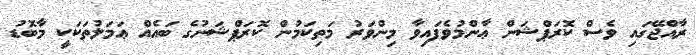
ރާއްޖޭގައި ވެސް ކޮރަޕްޝަން ޢާންމުވެފައިވާ މިންވަރު މަތިކަމުން ކޮރަޕްޝަނުގެ ބައެއް ޢަމަލުތަކަކީ މާބޮޑު